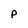
Character: P